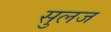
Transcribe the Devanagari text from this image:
सुलज